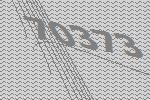
70373